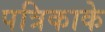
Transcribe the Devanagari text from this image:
पत्रिकाके